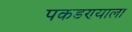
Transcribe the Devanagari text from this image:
पकडण्याला